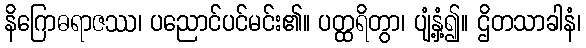
နိဂြောဓရာဇဿ၊ ပညောင်ပင်မင်း၏။ ပတ္ထရိတွာ၊ ပျံ့နှံ့၍။ ဌိတသာခါနံ၊